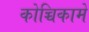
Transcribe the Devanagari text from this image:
कोच्चिकामे